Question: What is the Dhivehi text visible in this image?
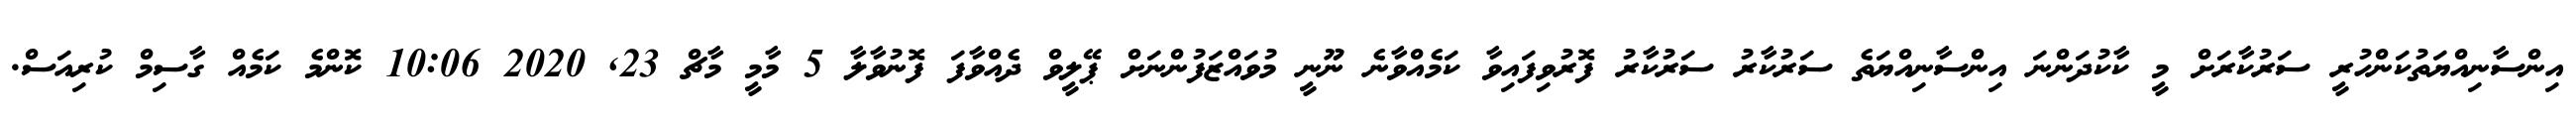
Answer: އިންސާނިއްޔަތުކަންހުރީ ސަރުކާރަށް މީ ކާކުދަންނަ އިންސާނިއްޔަތެ ސަރުކާރު ސަރުކާރު ފޮރުވިފައިވާ ކަމެއްވާނެ ނޫނީ މުވައްޒަފުންނަށް ޕޭލީވް ދެއްވާފަ ފޮނުވާލާ 5 މާމީ މާޗް 23, 2020 10:06 ކޮންމެ ކަމެއް ގާސިމް ކުރިއަސް.